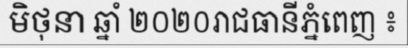
មិថុនា ឆ្នាំ ២០២០រាជធានីភ្នំពេញ ៖